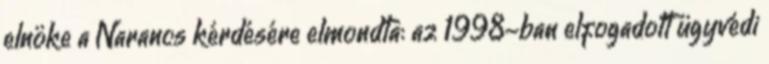
elnöke a Narancs kérdésére elmondta: az 1998-ban elfogadott ügyvédi